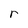
Character: r